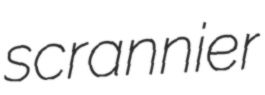
scrannier